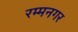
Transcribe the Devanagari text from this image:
रम्मनगर